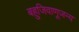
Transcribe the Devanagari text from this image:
बहुजिवाणूजन्य